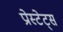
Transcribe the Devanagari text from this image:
प्रोस्टेट्स